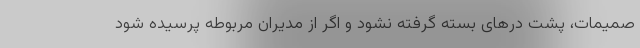
صمیمات، پشت درهای بسته گرفته نشود و اگر از مدیران مربوطه پرسیده شود